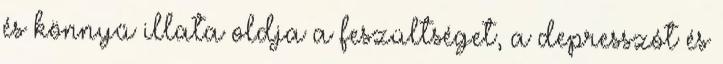
és könnyű illata oldja a feszültséget, a depresszót és